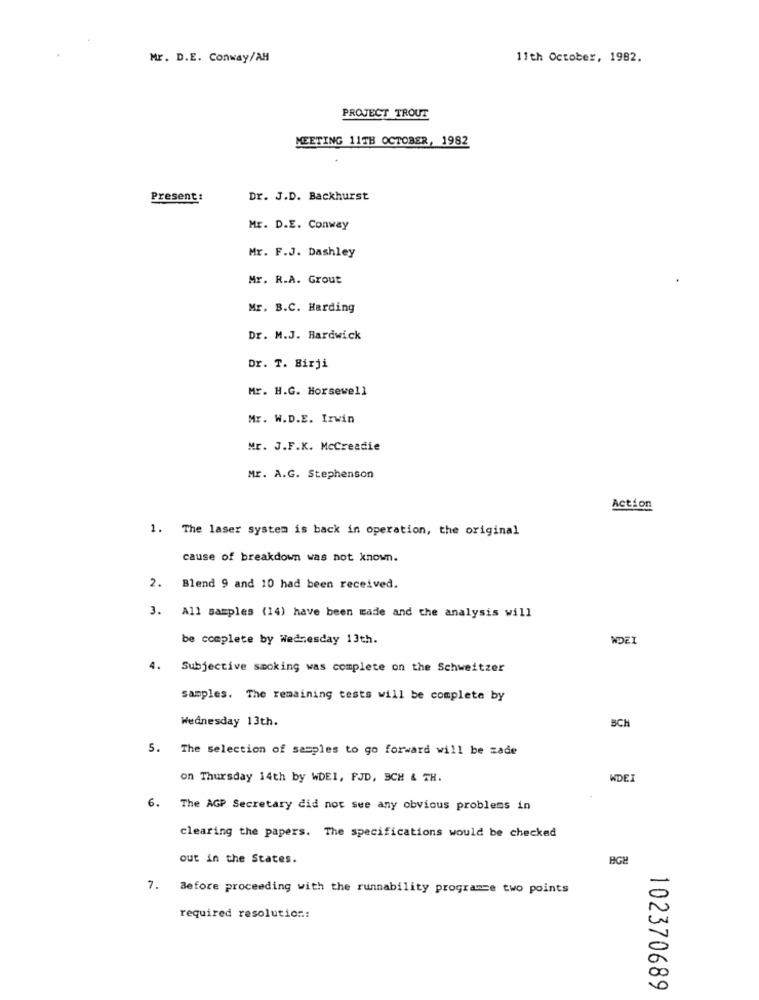
Mr. D.E. Conway/AM
11th October, 1982.
PROJECT TROUT
MEETING 11TH OCTOBER, 1982
Present:
Dr. J.D. Backhurst
Mr. D.E. Conway
Mr. F.J. Dashley
Mr. R.A. Grout
Mr. B.C. Harding
Dr. M.J. Hardwick
Dr. T. Birji
Mr. H.G. Horsewell
Mr. W.D.E. Irwin
Mr. J.F.K. McCreadie
Mr. A.G. Stephenson
Action
1. The laser system is back in operation, the original
cause of breakdown was not known.
2. Blend 9 and 10 had been received.
3. All samples (14) have been made and the analysis will
be complete by Wednesday 13th.
WDEI
4. Subjective smoking was complete on the Schweitzer
samples. The remaining tests will be complete by
Wednesday 13th.
SCH
5. The selection of samples to go forward will be zade
on Thursday 14th by WDEI, FJD, SCH & TH.
WDEI
6. The AGP Secretary did not see any obvious problems in
clearing the papers. The specifications would be checked
out in the States.
7. Before proceeding with the runnability programce two points
0
required resolution:
0
102370689